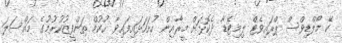
ކޭ މޯލްޑިވްސް ޕްރައިވެޓް ލިމިޓެޑާ ދެކޮޅަށް މީރާއިން ހުށަހަޅައިފައިވާ ޙުކުމް ތަންފީޒުކުރުމުގެ މައްސަލަ